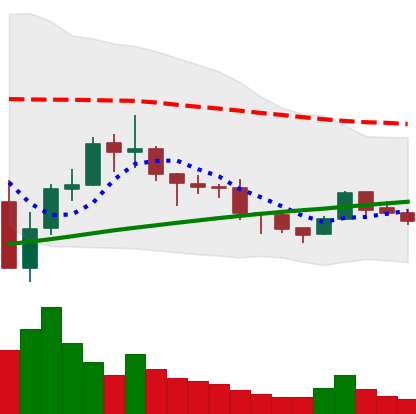
Ticker: BNB-USD
Chart end date: 2019-08-04
Forward return: 8.729%
Label: up_7plus